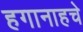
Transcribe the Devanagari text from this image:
हगानाहचे